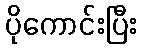
ပိုကောင်းပြီး